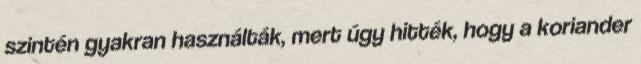
szintén gyakran használták, mert úgy hitték, hogy a koriander